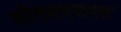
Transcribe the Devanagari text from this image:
सीएमएसएस